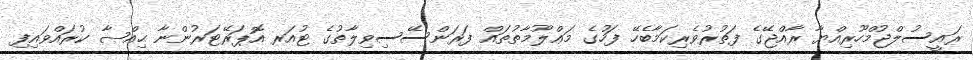
ރައީސުލްޖުމްހޫރިއްޔާ ރާއްޖޭގެ ފަތުރުވެރިކަމާބެހޭ ފަހުގެ މަޢްލޫމާތުތައް ފަރަންސޭސިވިލާތުގެ ޓުއަރ އޮޕަރޭޓަރުންނާ ޙިއްޞާ ކުރައްވައިފި